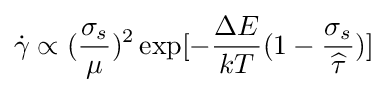
{\dot {\gamma }}\propto ({\frac {\sigma _{s}}{\mu }})^{2}\exp[-{\frac {\Delta E}{kT}}(1-{\frac {\sigma _{s}}{\widehat {\tau }}})]